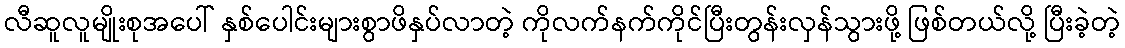
လီဆူလူမျိုးစုအပေါ် နှစ်ပေါင်းများစွာဖိနှပ်လာတဲ့ ကိုလက်နက်ကိုင်ပြီးတွန်းလှန်သွားဖို့ ဖြစ်တယ်လို့ ပြီးခဲ့တဲ့